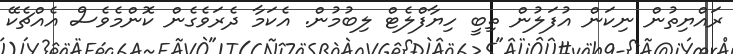
ރައްޔިތުން ނިކަން އުފަލުން ތިބީ ހިޔާފްލެޓް ލިބުމުން. އެކަމާ ދެރަވެގެން ކޮންމެވެސް އެއްޗެކޭ